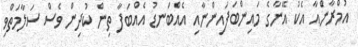
އުމްރާންއާ އެކު އޭނާގެ މައިންބަފައިންނާއި އެއްބަނޑު އެއްބަފާ ތިން ކުދިން ވެސް ސަލާމަތްވި